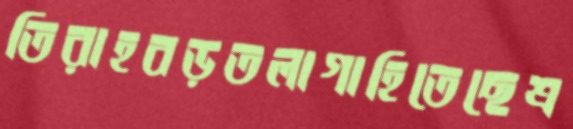
তিরাহবড়তলাগাহিতেছেশ্র